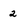
Character: 2